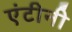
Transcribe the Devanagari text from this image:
एंटीनी